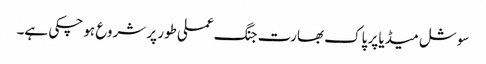
سوشل میڈیا پر پاک بھارت جنگ عملی طور پر شروع ہو چکی ہے۔